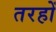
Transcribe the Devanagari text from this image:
तरहों